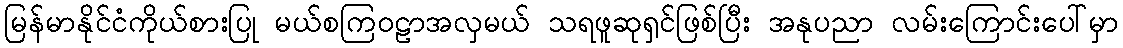
မြန်မာနိုင်ငံကိုယ်စားပြု မယ်စကြဝဠာအလှမယ် သရဖူဆုရှင်ဖြစ်ပြီး အနုပညာ လမ်းကြောင်းပေါ်မှာ